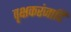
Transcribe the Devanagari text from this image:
वृक्षकरंजादि